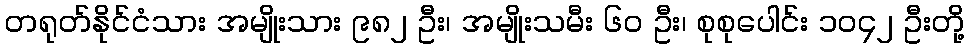
တရုတ်နိုင်ငံသား အမျိုးသား ၉၈၂ ဦး၊ အမျိုးသမီး ၆၀ ဦး၊ စုစုပေါင်း ၁၀၄၂ ဦးတို့